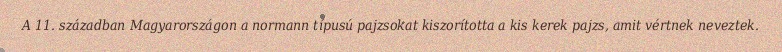
A 11. században Magyarországon a normann típusú pajzsokat kiszorította a kis kerek pajzs, amit vértnek neveztek.